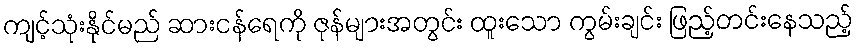
ကျင့်သုံးနိုင်မည် ဆားငန်ရေကို ဇုန်များအတွင်း ထူးသော ကွမ်းချင်း ဖြည့်တင်းနေသည့်